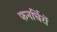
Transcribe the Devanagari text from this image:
फनर्चिरों